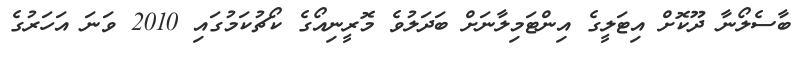
ބާސެލޯނާ ދޫކޮށް އިޓަލީގެ އިންޓަމިލާނަށް ބަދަލުވެ މޮރީނިއޯގެ ކޯޗުކަމުގައި 2010 ވަނަ އަހަރުގެ